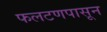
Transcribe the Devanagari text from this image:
फलटणपासून